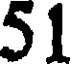
51